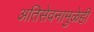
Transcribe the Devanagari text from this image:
अतिसेवनामुळेही